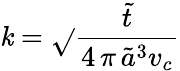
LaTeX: \mathit{k}=\sqrt{}{{\frac{{\tilde{{t}}}}{{4\, \pi\, \tilde{{a}}^{3}v_{c}}}}}